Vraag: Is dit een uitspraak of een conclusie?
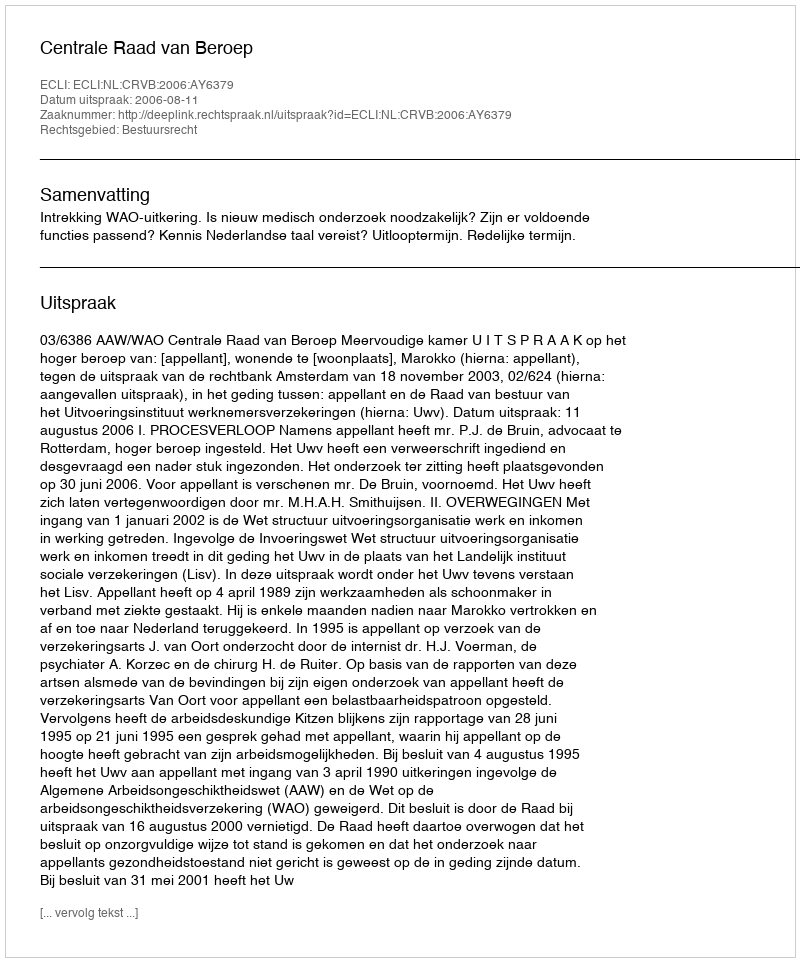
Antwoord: Uitspraak